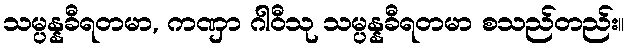
သမ္ပန္နခီရတမာ, ကဏှာ ဂါဝီသု သမ္ပန္နခီရတမာ စသည်တည်း။